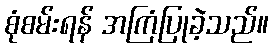
စုံစမ်းရန် အကြံပြုခဲ့သည်။